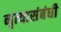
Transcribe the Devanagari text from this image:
नृत्यासंबंधी